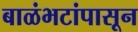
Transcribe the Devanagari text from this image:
बाळंभटांपासून